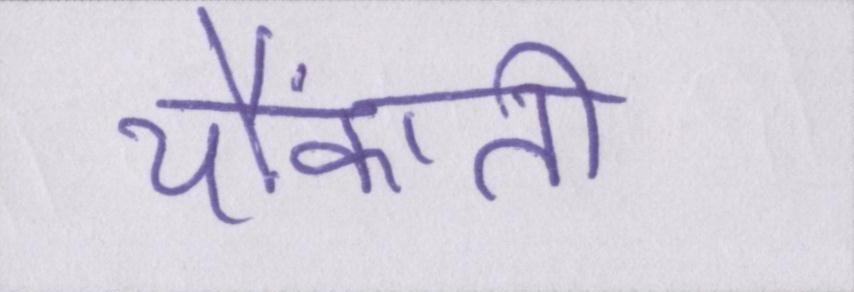
चौंकाती